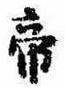
帝